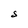
Character: S